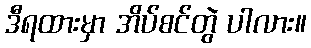
ဒီရထားမှာ အိပ်စင်တွဲ ပါလား။